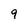
Character: 9